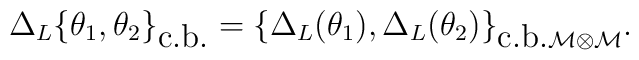
\Delta_L\{ \theta_1 ,\theta_2\}_{\mbox{c.b.}}=\{\Delta_L (\theta_1 ),\Delta_L (\theta_2 )\}_{\mbox{c.b.} \cal{M}\otimes\cal{M}} .